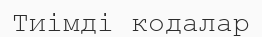
Тиімді кодалар